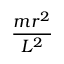
\frac { m r ^ { 2 } } { L ^ { 2 } }